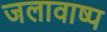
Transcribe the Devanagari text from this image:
जलावाष्प